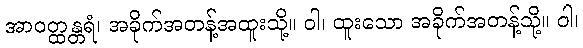
အာဝတ္ထန္တရံ၊ အခိုက်အတန့်အထူးသို့။ ဝါ၊ ထူးသော အခိုက်အတန့်သို့။ ဝါ၊